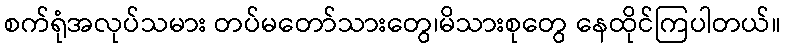
စက်ရုံအလုပ်သမား တပ်မတော်သားတွေ၊မိသားစုတွေ နေထိုင်ကြပါတယ်။